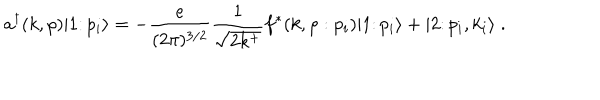
a ^ { \dagger } ( k , \rho ) \vert 1 \colon p _ { i } \rangle = - { \frac { e } { ( 2 \pi ) ^ { 3 / 2 } } } { \frac { 1 } { \sqrt { 2 k ^ { + } } } } f ^ { * } ( k , \rho : p _ { i } ) \vert 1 \colon p _ { i } \rangle + \vert 2 \colon p _ { i } , k _ { i } \rangle \; .